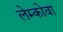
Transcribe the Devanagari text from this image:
लेम्कोवा